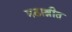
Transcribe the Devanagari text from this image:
मठाश्रीत